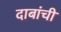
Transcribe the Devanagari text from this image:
दाबांची